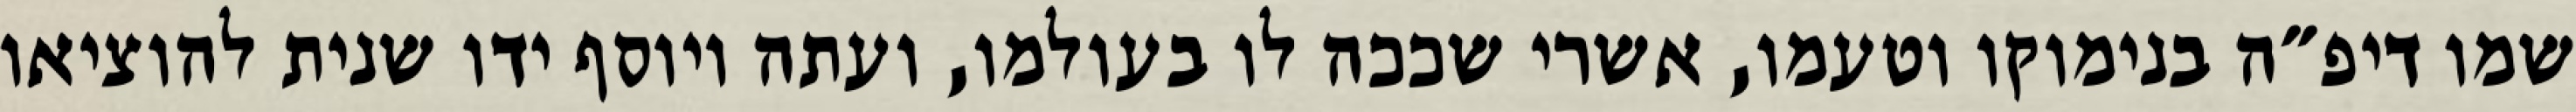
שמו דיפ״ה בנימוקו וטעמו, אשרי שככה לו בעולמו, ועתה ויוסף ידו שנית להוציאו